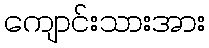
ကျောင်းသားအား